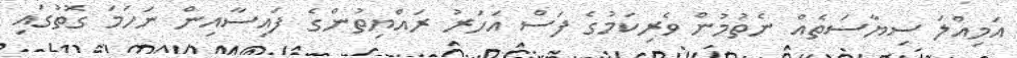
އަމިއްލަ ސިޔާސަތެއް ނެތުމުން ވެރިކަމުގެ ފަސް އަހަރު ރައްޔިތުންގެ ފައިސާއިން ނަހަމަ ގޮތުގައި